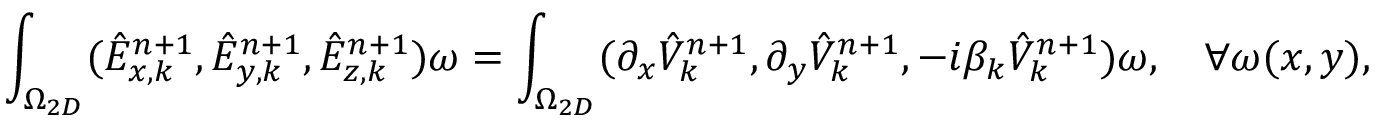
\small \int _ { \Omega _ { 2 D } } ( \hat { E } _ { x , k } ^ { n + 1 } , \hat { E } _ { y , k } ^ { n + 1 } , \hat { E } _ { z , k } ^ { n + 1 } ) \omega = \int _ { \Omega _ { 2 D } } ( \partial _ { x } \hat { V } _ { k } ^ { n + 1 } , \partial _ { y } \hat { V } _ { k } ^ { n + 1 } , - i \beta _ { k } \hat { V } _ { k } ^ { n + 1 } ) \omega , \quad \forall \omega ( x , y ) ,